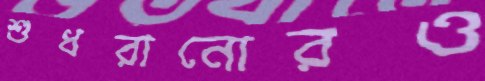
শুধরানোরও